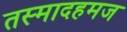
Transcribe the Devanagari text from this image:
तस्मादहमज